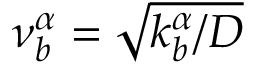
\nu _ { b } ^ { \alpha } = \sqrt { k _ { b } ^ { \alpha } / D }